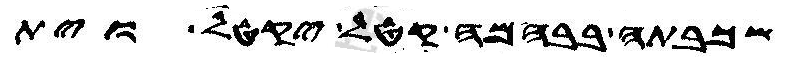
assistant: שכבתה בבהמה קטל יקטל וית